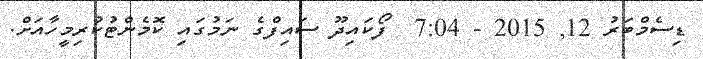
ޑިސެމްބަރު 12